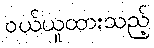
ဝယ်ယူထားသည့်